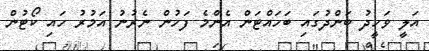
އަލީ ވަހީދު ބަންދުގައި ބަހައްޓަން އެންމެ ފަހުން ނެރުނު އަމުރު ހައި ކޯޓުން